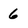
Character: 6